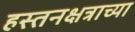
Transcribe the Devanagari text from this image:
हस्तनक्षत्राच्या